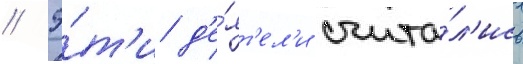
// Э́т'и д'е́ят'ел'и счита́л'ись